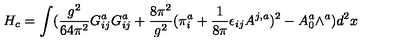
H _ { c } = \int ( \frac { g ^ { 2 } } { 6 4 \pi ^ { 2 } } G _ { i j } ^ { a } G _ { i j } ^ { a } + \frac { 8 \pi ^ { 2 } } { g ^ { 2 } } ( \pi _ { i } ^ { a } + \frac { 1 } { 8 \pi } \epsilon _ { i j } A ^ { j , a } ) ^ { 2 } - A _ { 0 } ^ { a } \wedge ^ { a } ) d ^ { 2 } x